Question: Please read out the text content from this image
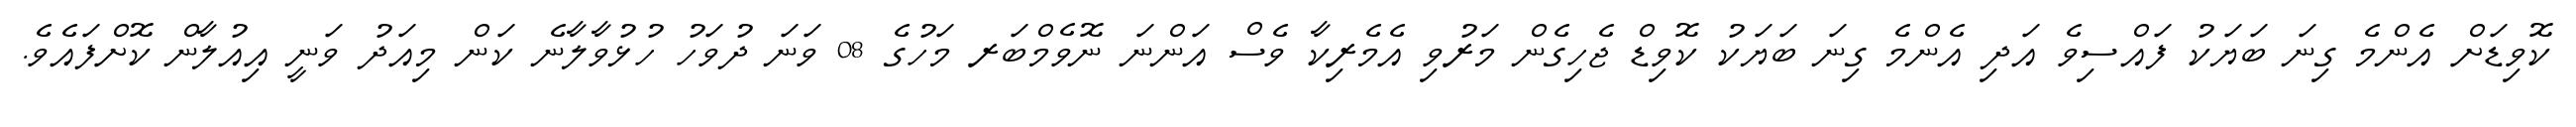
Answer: ކޮވިޑަށް އެންމެ ގިނަ ބަޔަކު ފައްސިވެ އަދި އެންމެ ގިނަ ބަޔަކު ކޮވިޑް ޖެހިގެން މަރުވި އެމެރިކާ ވެސް އަންނަ ނޮވެމްބަރ މަހުގެ 08 ވަނަ ދުވަހު ހުޅުވާލާނެ ކަން މިއަދު ވަނީ އިއުލާން ކޮށްފައެވެ.